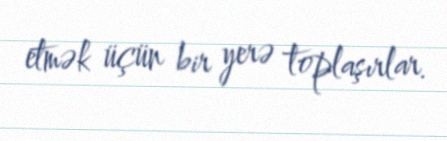
etmək üçün bir yerə toplaşırlar.